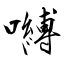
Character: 嚩